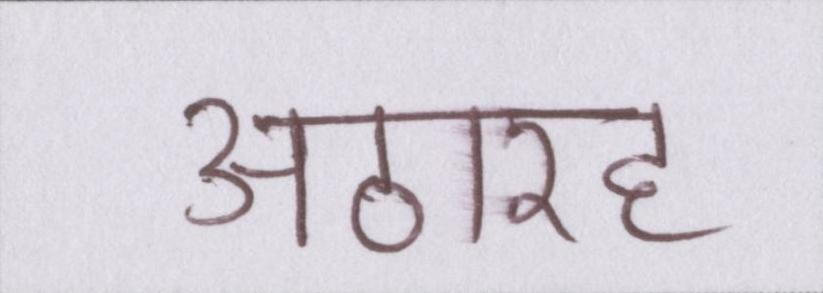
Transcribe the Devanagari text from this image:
अठारह